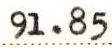
91.85